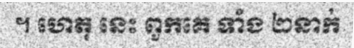
។ ហេតុ នេះ ពួកគេ ទាំង ២នាក់